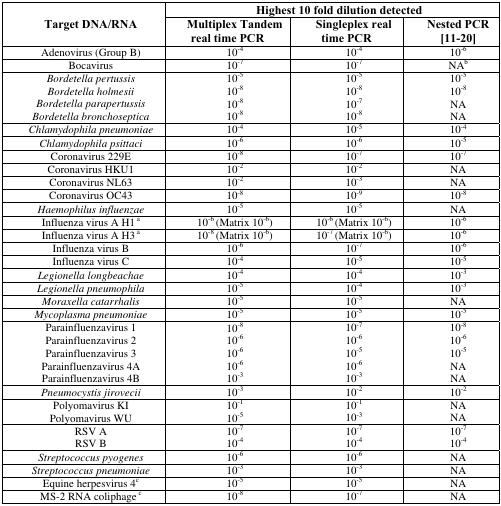
<table><thead><tr><td rowspan="3"><b>Target DNA/RNA</b></td><td colspan="3"><b>Highest 10 fold dilution detected</b></td></tr><tr><td><b>Multiplex Tandem real time PCR</b></td><td><b>Singleplex real time PCR</b></td><td><b>Nested PCR [11–20]</b></td></tr></thead><tbody><tr><td>Adenovirus (Group B)</td><td>10<sup>−4</sup></td><td>10<sup>−4</sup></td><td>10<sup>−6</sup></td></tr><tr><td>Bocavirus</td><td>10<sup>−7</sup></td><td>10<sup>−7</sup></td><td>NAb</td></tr><tr><td><i>Bordetella pertussis</i></td><td>10<sup>−5</sup></td><td>10<sup>−5</sup></td><td>10<sup>−5</sup></td></tr><tr><td><i>Bordetella holmesii</i></td><td>10<sup>−8</sup></td><td>10<sup>−8</sup></td><td>10<sup>−8</sup></td></tr><tr><td><i>Bordetella parapertussis</i></td><td>10<sup>−8</sup></td><td>10<sup>−7</sup></td><td>NA</td></tr><tr><td><i>Bordetella bronchoseptica</i></td><td>10<sup>−8</sup></td><td>10<sup>−8</sup></td><td>NA</td></tr><tr><td><i>Chlamydophila pneumoniae</i></td><td>10<sup>−4</sup></td><td>10<sup>−5</sup></td><td>10<sup>−4</sup></td></tr><tr><td><i>Chlamydophila psittaci</i></td><td>10<sup>−6</sup></td><td>10<sup>−6</sup></td><td>10<sup>−5</sup></td></tr><tr><td>Coronavirus 229E</td><td>10<sup>−8</sup></td><td>10<sup>−7</sup></td><td>10<sup>−7</sup></td></tr><tr><td>Coronavirus HKU1</td><td>10<sup>−2</sup></td><td>10<sup>−2</sup></td><td>NA</td></tr><tr><td>Coronavirus NL63</td><td>10<sup>−2</sup></td><td>10<sup>−3</sup></td><td>NA</td></tr><tr><td>Coronavirus OC43</td><td>10<sup>−8</sup></td><td>10<sup>−9</sup></td><td>10<sup>−8</sup></td></tr><tr><td><i>Haemophilus influenzae</i></td><td>10<sup>−5</sup></td><td>10<sup>−5</sup></td><td>NA</td></tr><tr><td>Influenza virus A H1<sup>a</sup></td><td>10<sup>−6</sup> (Matrix 10<sup>−6</sup>)</td><td>10<sup>−6</sup> (Matrix 10<sup>−6</sup>)</td><td>10<sup>−6</sup></td></tr><tr><td>Influenza virus A H3<sup>a</sup></td><td>10<sup>−8</sup> (Matrix 10<sup>−6</sup>)</td><td>10<sup>−7</sup> (Matrix 10<sup>−6</sup>)</td><td>10<sup>−6</sup></td></tr><tr><td>Influenza virus B</td><td>10<sup>−6</sup></td><td>10<sup>−7</sup></td><td>10<sup>−6</sup></td></tr><tr><td>Influenza virus C</td><td>10<sup>−4</sup></td><td>10<sup>−5</sup></td><td>10<sup>−5</sup></td></tr><tr><td><i>Legionella longbeachae</i></td><td>10<sup>−4</sup></td><td>10<sup>−4</sup></td><td>10<sup>−3</sup></td></tr><tr><td><i>Legionella pneumophila</i></td><td>10<sup>−5</sup></td><td>10<sup>−4</sup></td><td>10<sup>−3</sup></td></tr><tr><td><i>Moraxella catarrhalis</i></td><td>10<sup>−5</sup></td><td>10<sup>−5</sup></td><td>NA</td></tr><tr><td><i>Mycoplasma pneumoniae</i></td><td>10<sup>−5</sup></td><td>10<sup>−5</sup></td><td>10<sup>−5</sup></td></tr><tr><td>Parainfluenzavirus 1</td><td>10<sup>−8</sup></td><td>10<sup>−7</sup></td><td>10<sup>−8</sup></td></tr><tr><td>Parainfluenzavirus 2</td><td>10<sup>−6</sup></td><td>10<sup>−6</sup></td><td>10<sup>−6</sup></td></tr><tr><td>Parainfluenzavirus 3</td><td>10<sup>−6</sup></td><td>10<sup>−5</sup></td><td>10<sup>−5</sup></td></tr><tr><td>Parainfluenzavirus 4A</td><td>10<sup>−6</sup></td><td>10<sup>−6</sup></td><td>NA</td></tr><tr><td>Parainfluenzavirus 4B</td><td>10<sup>−3</sup></td><td>10<sup>−3</sup></td><td>NA</td></tr><tr><td><i>Pneumocystis jirovecii</i></td><td>10<sup>−3</sup></td><td>10<sup>−2</sup></td><td>10<sup>−2</sup></td></tr><tr><td>Polyomavirus KI</td><td>10<sup>−1</sup></td><td>10<sup>−1</sup></td><td>NA</td></tr><tr><td>Polyomavirus WU</td><td>10<sup>−5</sup></td><td>10<sup>−3</sup></td><td>NA</td></tr><tr><td>RSV A</td><td>10<sup>−7</sup></td><td>10<sup>−7</sup></td><td>10<sup>−7</sup></td></tr><tr><td>RSV B</td><td>10<sup>−4</sup></td><td>10<sup>−4</sup></td><td>10<sup>−4</sup></td></tr><tr><td><i>Streptococcus pyogenes</i></td><td>10<sup>−6</sup></td><td>10<sup>−6</sup></td><td>NA</td></tr><tr><td><i>Streptococcus pneumoniae</i></td><td>10<sup>−3</sup></td><td>10<sup>−3</sup></td><td>NA</td></tr><tr><td>Equine herpesvirus 4<sup>c</sup></td><td>10<sup>−5</sup></td><td>10<sup>−5</sup></td><td>NA</td></tr><tr><td>MS-2 RNA coliphage<sup>c</sup></td><td>10<sup>−8</sup></td><td>10<sup>−7</sup></td><td>NA</td></tr></tbody></table>